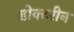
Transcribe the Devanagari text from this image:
डोक्टरीन